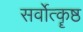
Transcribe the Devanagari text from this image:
सर्वोत्कॄष्ठ